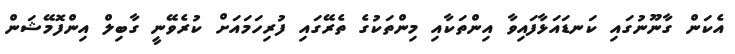
އެކަން ގާނޫނުގައި ކަނޑައަޅާފައިވާ އިންތަކާއި މިންތަކުގެ ތެރޭގައި ފުރިހަމައަށް ކުރެވޭނީ ގާބިލް އިންފޮމޭޝަން